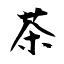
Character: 茶